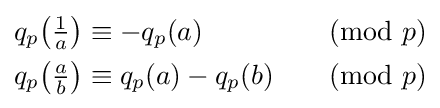
{\begin{aligned}q_{p}\!\left({\tfrac {1}{a}}\right)&\equiv -q_{p}(a)&&{\pmod {p}}\\q_{p}\!\left({\tfrac {a}{b}}\right)&\equiv q_{p}(a)-q_{p}(b)&&{\pmod {p}}\end{aligned}}